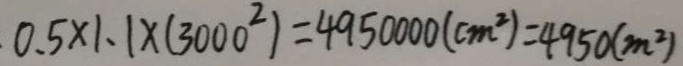
0 . 5 \times 1 . 1 \times ( 3 0 0 0 ^ { 2 } ) = 4 9 5 0 0 0 0 ( c m ^ { 2 } ) = 4 9 5 0 ( m ^ { 2 } )